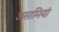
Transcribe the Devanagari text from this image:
असामियां